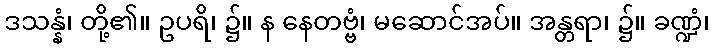
ဒသန္နံ၊ တို့၏။ ဥပရိ၊ ၌။ န နေတဗ္ဗံ၊ မဆောင်အပ်။ အန္တရာ၊ ၌။ ခဏ္ဍံ၊